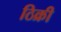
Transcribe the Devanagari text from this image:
ठिक्री